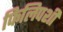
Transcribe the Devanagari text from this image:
फिलिपशी